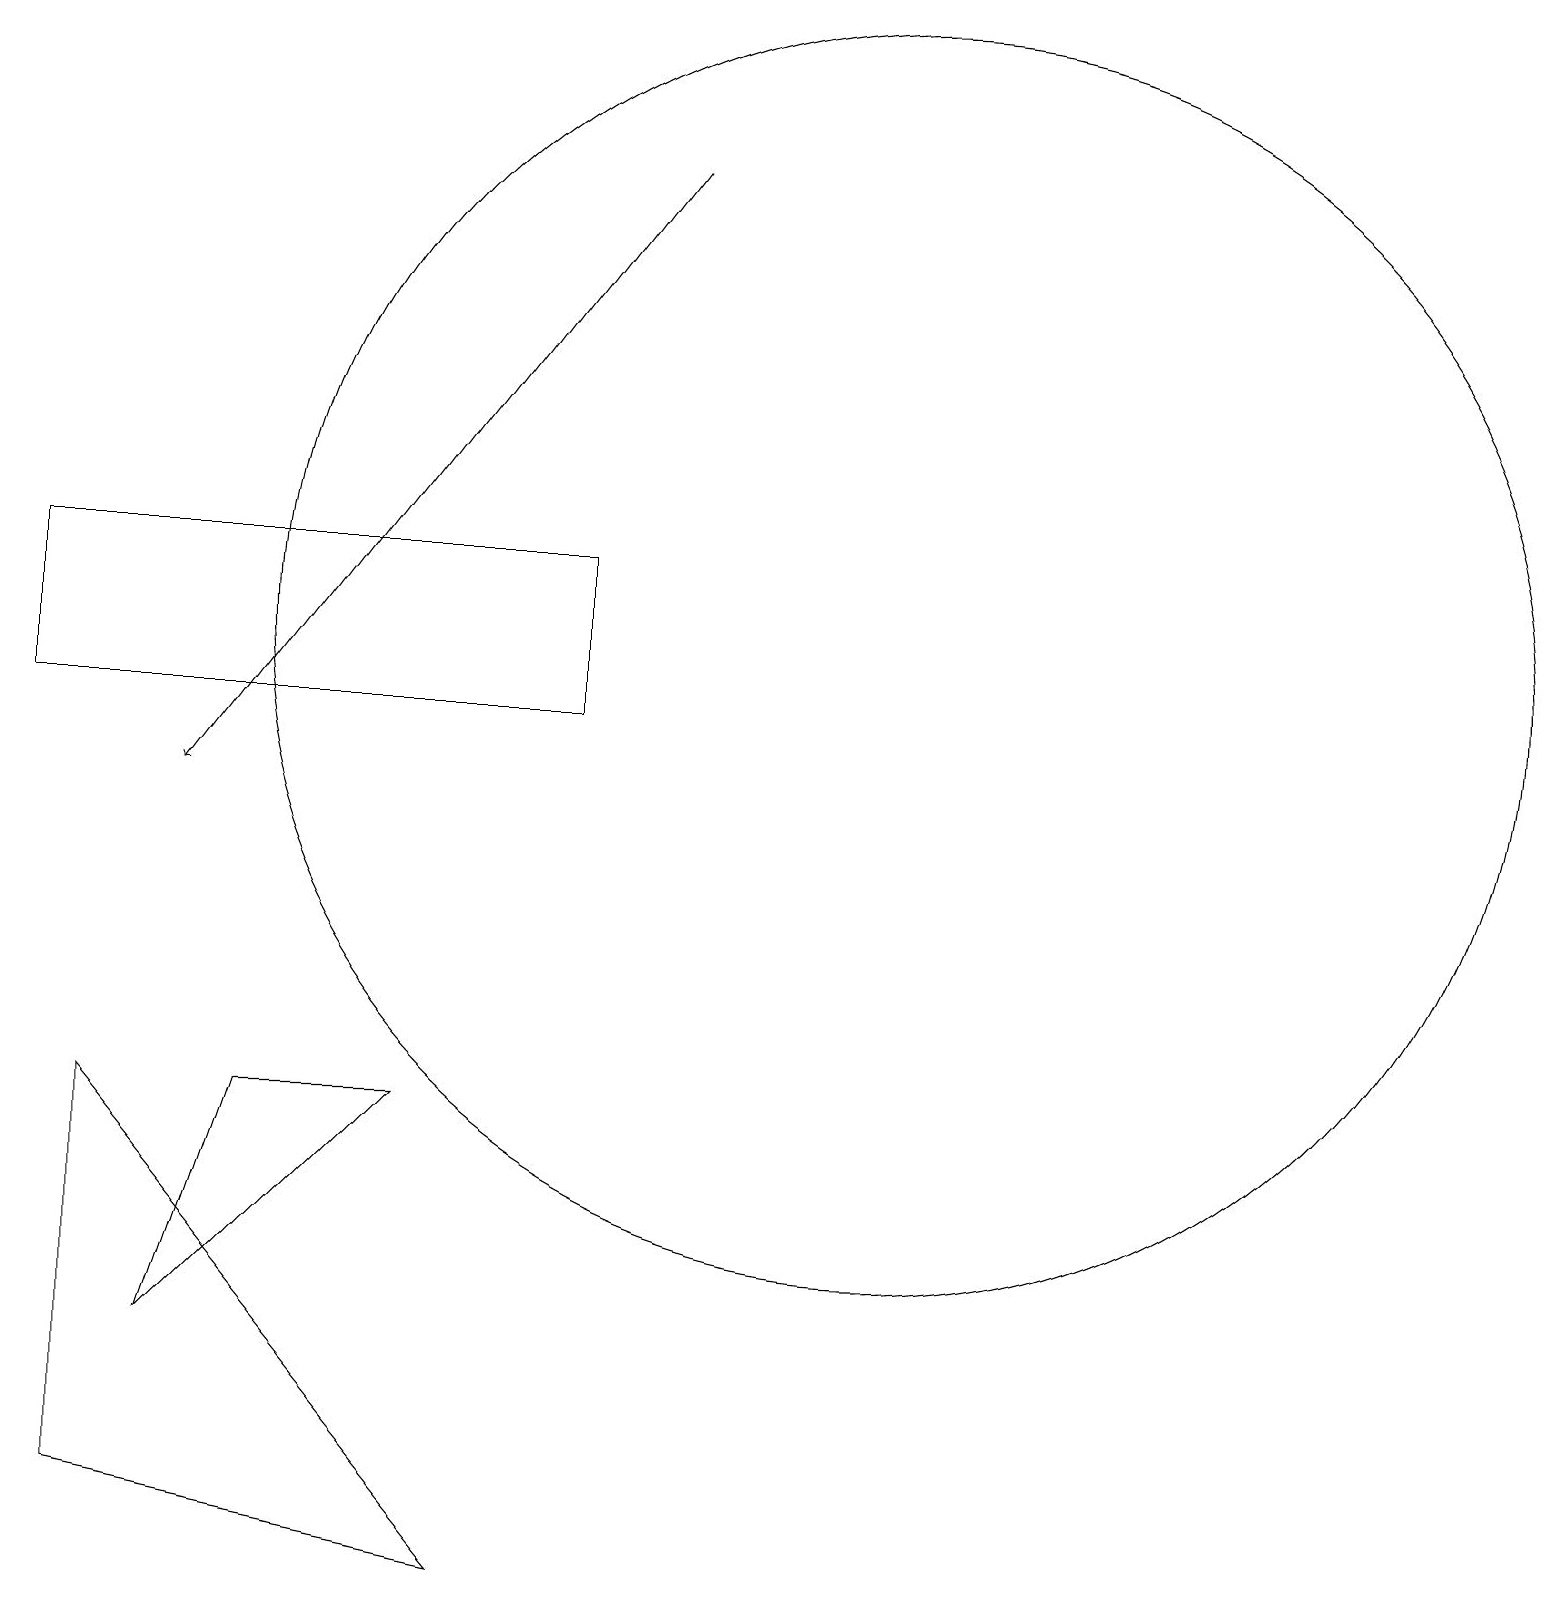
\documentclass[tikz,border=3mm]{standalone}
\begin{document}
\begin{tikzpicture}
\draw (11,12) circle (8);
\draw[->] (8,18) -- (2,10);
\draw (7,11) rectangle (0,13);
\draw (3,6) -- (5,6) -- (2,3) -- cycle;
\draw (1,6) -- (1,1) -- (6,0) -- cycle;
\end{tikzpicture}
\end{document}